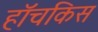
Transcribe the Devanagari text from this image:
हॉचकिस